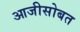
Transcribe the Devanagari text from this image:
आजीसोबत